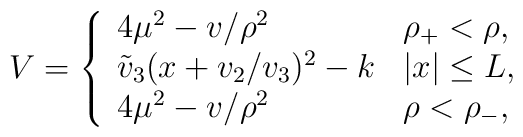
V=\left\{\begin{array}{ll} 4\mu^2-v/\rho^2 &\mbox{$\rho_{+}<\rho,$}\\\tilde{v}_3(x+v_2/v_3)^2-k &\mbox{$|x|\leq L,$}\\4\mu^2-v/\rho^2&\mbox{$\rho<\rho_{-},$}\end{array}\right.